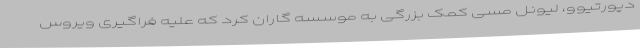
دپورتیوو، لیونل مسی کمک بزرگی به موسسه گاران کرد که علیه فراگیری ویروس